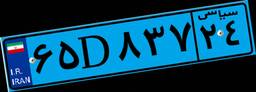
۶۵D۸۳۷۲۴